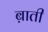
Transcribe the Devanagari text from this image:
ब़ाती